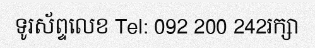
ទូរស័ព្ទលេខ Tel: 092 200 242រក្សា